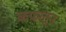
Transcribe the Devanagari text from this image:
कफातून